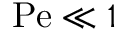
\mathrm { P e } \ll 1